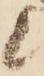
候